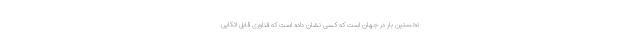
نخستین بار در جهان است که کسی نشان داده است که فناوری قابل اتکایی